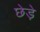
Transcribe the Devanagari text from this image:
छेडे़